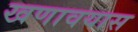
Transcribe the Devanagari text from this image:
खणावयास